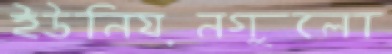
ইউনিয়নগুলো